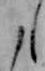
た